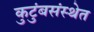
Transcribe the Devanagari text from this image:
कुटुंबसंस्थेत